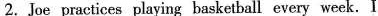
2.Joe practices playing basketball every week. I